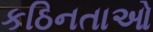
કઠિનતાઓ